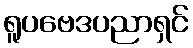
ရူပဗေဒပညာရှင်